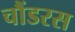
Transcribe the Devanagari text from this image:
चौंडरस